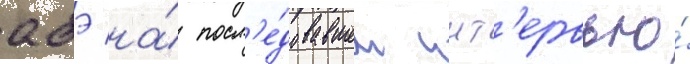
абэ на́ посл'е́довавшем инт'ервью́